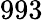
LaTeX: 993